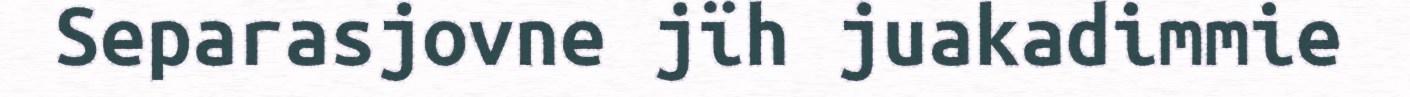
Separasjovne jïh juakadimmie